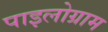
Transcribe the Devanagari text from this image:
पाइलोग्राम